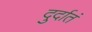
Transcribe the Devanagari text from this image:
दुर्दातं